Punjab Mental Hospital Lahore 1922-31 - 1922-1931
Year: 1922
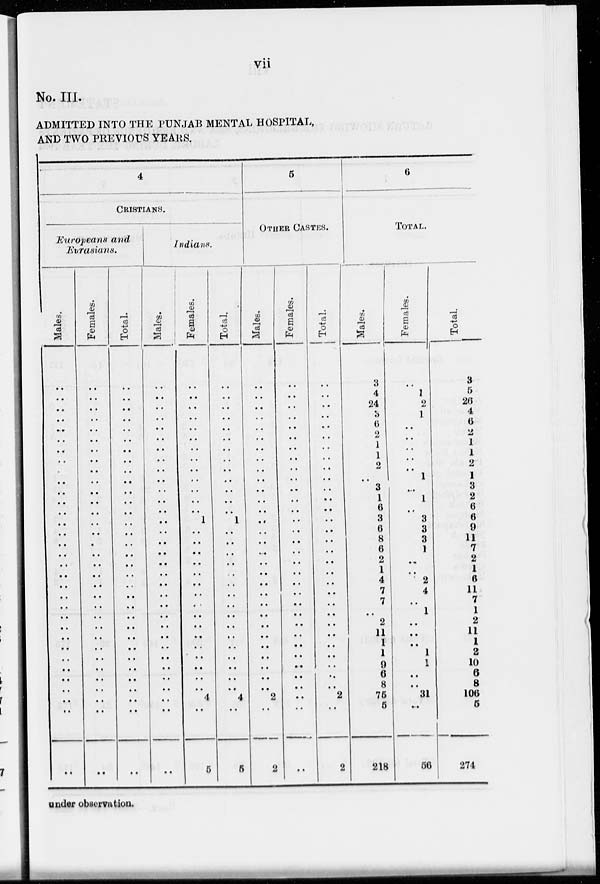
vii
No. III.
ADMITTED INTO THE PUNJAB MENTAL HOSPITAL,
AND TWO PREVIOUS YEARS.
4
CRISTIANS.
Europeans and
Eurasians.
Males.
..
..
..
..
..
..
..
..
..
..
..
..
..
..
..
..
..
..
..
..
..
..
..
..
..
..
..
..
..
..
..
..
..
Females.
..
..
..
..
..
..
..
..
..
..
..
..
..
..
..
..
..
..
..
..
..
..
..
..
..
..
..
..
..
..
..
..
..
Total.
..
..
..
..
..
..
..
..
..
..
..
..
..
..
..
..
..
..
..
..
..
..
..
..
..
..
..
..
..
..
..
..
..
Indians.
Males.
..
..
..
..
..
..
..
..
..
..
..
..
..
..
..
..
..
..
..
..
..
..
..
..
..
..
..
..
..
..
..
..
..
Females.
..
..
..
..
..
..
..
..
..
..
..
..
..
1
..
..
..
..
..
..
..
..
..
..
..
..
..
..
..
..
4
..
5
Total.
..
..
..
..
..
..
..
..
..
..
..
..
..
1
..
..
..
..
..
..
..
..
..
..
..
..
..
..
..
..
4
..
5
5
OTHER CASTES.
Males.
..
..
..
..
..
..
..
..
..
..
..
..
..
..
..
..
..
..
..
..
..
..
..
..
..
..
..
..
..
..
2
..
2
Females.
..
..
..
..
..
..
..
..
..
..
..
..
..
..
..
..
..
..
..
..
..
..
..
..
..
..
..
..
..
..
..
..
..
Total.
..
..
..
..
..
..
..
..
..
..
..
..
..
..
..
..
..
..
..
..
..
..
..
..
..
..
..
..
..
..
2
..
2
6
TOTAL.
Males.
3
4
24
3
6
2
1
1
2
..
3
1
6
3
6
8
6
2
1
4
7
7
..
2
11
1
1
9
6
8
75
5
218
Females.
..
1
2
1
..
..
..
..
..
1
..
1
..
3
3
3
1
..
..
2
4
..
1
..
..
..
1
1
..
..
31
..
56
Total.
3
5
26
4
6
2
1
1
2
1
3
2
6
6
9
11
7
2
1
6
11
7
1
2
11
1
2
10
6
8
106
5
274
under observation.